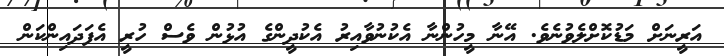
އަރީނަށް މަޑުކޮށްލެވުނެވެ. އޭނާ މީހުންނާ އެކުނުވާއިރު އެކުދީންގެ އުޅުން ވެސް ހުރީ އެފަދައިންކަން